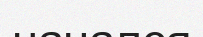
начался